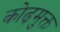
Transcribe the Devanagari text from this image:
कोढ़मुक्त